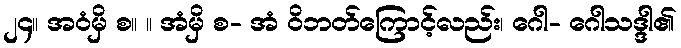
၂၄။ အဝံမှိ စ။ ။ အံမှိ စ- အံ ဝိဘတ်ကြောင့်လည်း၊ ဂေါ- ဂေါသဒ္ဒါ၏